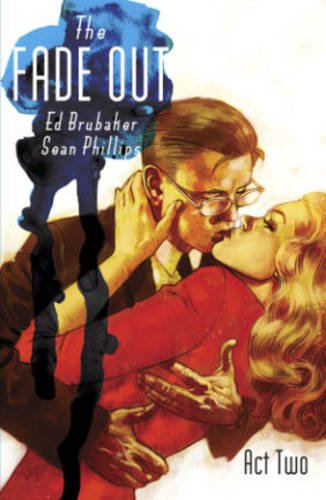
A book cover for The Fade Out Volume 2 (Fade Out Tp); Ed Brubaker; Comics & Graphic Novels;